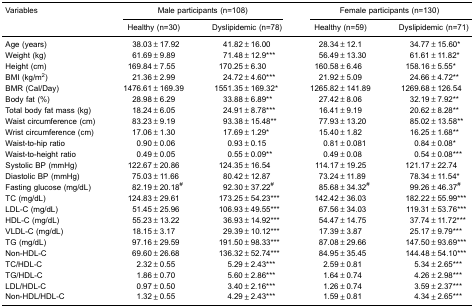
<table><thead><tr><td><b>Variables</b></td><td colspan="2"><b>Male participants (n=108)</b></td><td colspan="2"><b>Female participants (n=130)</b></td></tr><tr><td></td><td><b>Healthy (n=30)</b></td><td><b>Dyslipidemic (n=78)</b></td><td><b>Healthy (n=59)</b></td><td><b>Dyslipidemic (n=71)</b></td></tr></thead><tbody><tr><td>Age (years)</td><td>38.03±17.92</td><td>41.82±16.00</td><td>28.34±12.1</td><td>34.77±15.60*</td></tr><tr><td>Weight (kg)</td><td>61.69±9.89</td><td>71.48±12.9***</td><td>56.49±13.30</td><td>61.61±11.82*</td></tr><tr><td>Height (cm)</td><td>169.84±7.55</td><td>170.25±6.30</td><td>160.58±6.46</td><td>158.16±5.55*</td></tr><tr><td>BMI (kg/m<sup>2</sup>)</td><td>21.36±2.99</td><td>24.72±4.60***</td><td>21.92±5.09</td><td>24.66±4.72**</td></tr><tr><td>BMR (Cal/Day)</td><td>1476.61±169.39</td><td>1551.35±169.32*</td><td>1265.82±141.89</td><td>1269.68±126.54</td></tr><tr><td>Body fat (%)</td><td>28.98±6.29</td><td>33.88±6.89**</td><td>27.42±8.06</td><td>32.19±7.92**</td></tr><tr><td>Total body fat mass (kg)</td><td>18.24±6.05</td><td>24.91±8.78***</td><td>16.41±9.19</td><td>20.62±8.28**</td></tr><tr><td>Waist circumference (cm)</td><td>83.23±9.19</td><td>93.38±15.48**</td><td>77.93±13.20</td><td>85.02±13.58**</td></tr><tr><td>Wrist circumference (cm)</td><td>17.06±1.30</td><td>17.69±1.29*</td><td>15.40±1.82</td><td>16.25±1.68**</td></tr><tr><td>Waist-to-hip ratio</td><td>0.90±0.06</td><td>0.93±0.15</td><td>0.81±0.081</td><td>0.84±0.08*</td></tr><tr><td>Waist-to-height ratio</td><td>0.49±0.05</td><td>0.55±0.09**</td><td>0.49±0.08</td><td>0.54±0.08***</td></tr><tr><td>Systolic BP (mmHg)</td><td>122.67±20.86</td><td>124.35±16.54</td><td>114.17±19.25</td><td>121.17±22.74</td></tr><tr><td>Diastolic BP (mmHg)</td><td>75.03±11.66</td><td>80.42±12.87</td><td>73.24±11.89</td><td>78.34±11.54*</td></tr><tr><td>Fasting glucose (mg/dL)</td><td>82.19±20.18<sup>#</sup></td><td>92.30±37.22<sup>#</sup></td><td>85.68±34.32<sup>#</sup></td><td>99.26±46.37<sup>#</sup></td></tr><tr><td>TC (mg/dL)</td><td>124.83±29.61</td><td>173.25±54.23***</td><td>142.42±36.03</td><td>182.22±55.99***</td></tr><tr><td>LDL-C (mg/dL)</td><td>51.45±25.96</td><td>106.93±49.55***</td><td>67.56±34.03</td><td>119.31±53.76***</td></tr><tr><td>HDL-C (mg/dL)</td><td>55.23±13.22</td><td>36.93±14.92***</td><td>54.47±14.75</td><td>37.74±11.72***</td></tr><tr><td>VLDL-C (mg/dL)</td><td>18.15±3.17</td><td>29.39±10.12***</td><td>17.39±3.87</td><td>25.17±9.79***</td></tr><tr><td>TG (mg/dL)</td><td>97.16±29.59</td><td>191.50±98.33***</td><td>87.08±29.66</td><td>147.50±93.69***</td></tr><tr><td>Non-HDL-C</td><td>69.60±26.68</td><td>136.32±52.74***</td><td>84.95±35.45</td><td>144.48±54.10***</td></tr><tr><td>TC/HDL-C</td><td>2.32±0.55</td><td>5.29±2.43***</td><td>2.59±0.81</td><td>5.34±2.65***</td></tr><tr><td>TG/HDL-C</td><td>1.86±0.70</td><td>5.60±2.86***</td><td>1.64±0.74</td><td>4.26±2.98***</td></tr><tr><td>LDL/HDL-C</td><td>0.97±0.50</td><td>3.40±2.16***</td><td>1.26±0.74</td><td>3.59±2.37***</td></tr><tr><td>Non-HDL/HDL-C</td><td>1.32±0.55</td><td>4.29±2.43***</td><td>1.59±0.81</td><td>4.34±2.65***</td></tr></tbody></table>